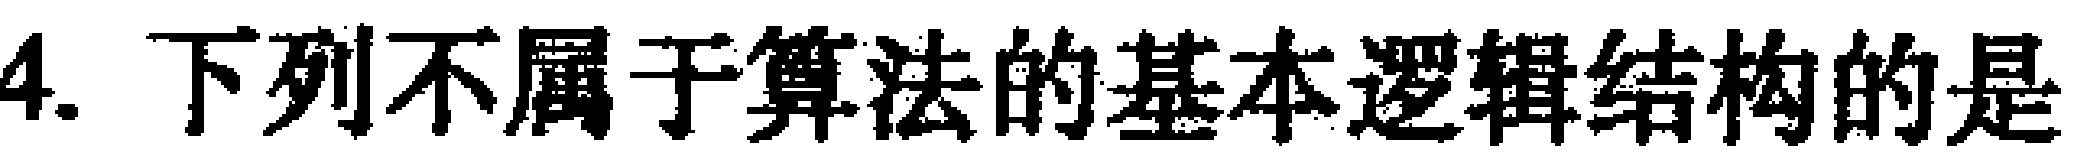
4. 下列不属于算法的基本逻辑结构的是